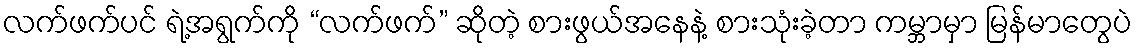
လက်ဖက်ပင် ရဲ့အရွက်ကို “လက်ဖက်” ဆိုတဲ့ စားဖွယ်အနေနဲ့ စားသုံးခဲ့တာ ကမ္ဘာမှာ မြန်မာတွေပဲ